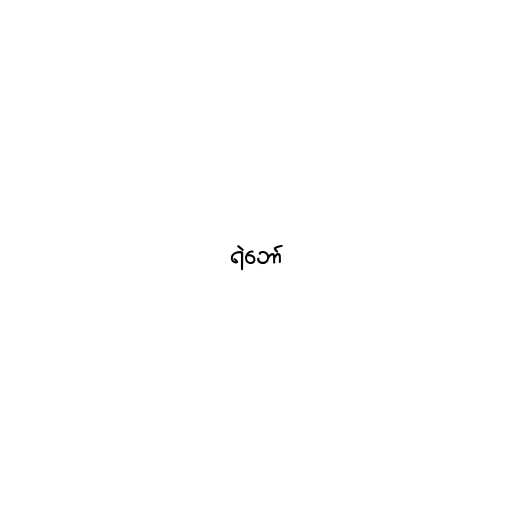
ရဲဘော်